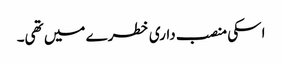
اسکی منصب داری خطرے میں تھی۔